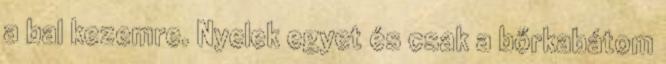
a bal kezemre. Nyelek egyet és csak a bőrkabátom